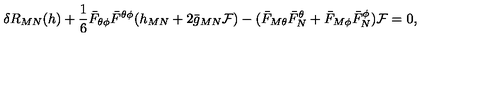
\delta R _ { M N } ( h ) + { \frac { 1 } { 6 } } \bar { F } _ { \theta \phi } \bar { F } ^ { \theta \phi } ( h _ { M N } + 2 \bar { g } _ { M N } { \cal F } ) - ( \bar { F } _ { M \theta } \bar { F } _ { N } ^ { \theta } + \bar { F } _ { M \phi } \bar { F } _ { N } ^ { \phi } ) { \cal F } = 0 ,